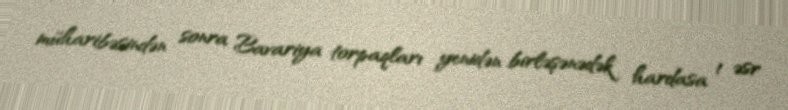
müharibəsindən sonra Bavariya torpaqları yenidən birləşənədək hardasa 1 əsr